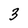
Character: 3